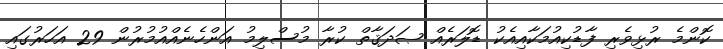
ކޮންމެ ރުޅިވެރި ފާޑުކިއުމަކާއިއެކު ޑޮލަރެއް ޞަދަޤާތް ކުރާ މުސްލިމު އަންހެނެއްއުމުރުން 29 އަހަރުގައި